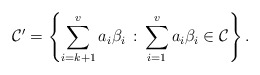
\begin{align*}\mathcal{C}'=\left\{\sum_{i=k+1}^va_i\beta_i\,:\,\sum_{i=1}^va_i\beta_i\in \mathcal{C}\right\}.\end{align*}